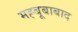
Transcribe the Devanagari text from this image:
मह्बूबाबाद